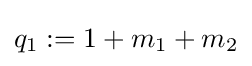
q_{1}:=1+m_{1}+m_{2}\,\!